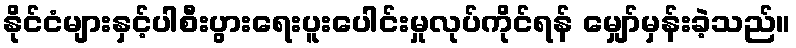
နိုင်ငံများနှင့်ပါစီးပွားရေးပူးပေါင်းမှုလုပ်ကိုင်ရန် မျှော်မှန်းခဲ့သည်။